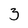
Character: 3